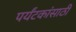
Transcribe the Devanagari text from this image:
पर्यंटकांसाठी